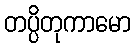
တပ္ပိတုကာမော